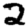
Digit: 2